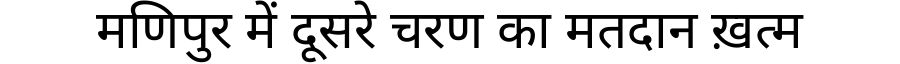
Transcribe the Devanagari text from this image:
मणिपुर में दूसरे चरण का मतदान ख़त्म